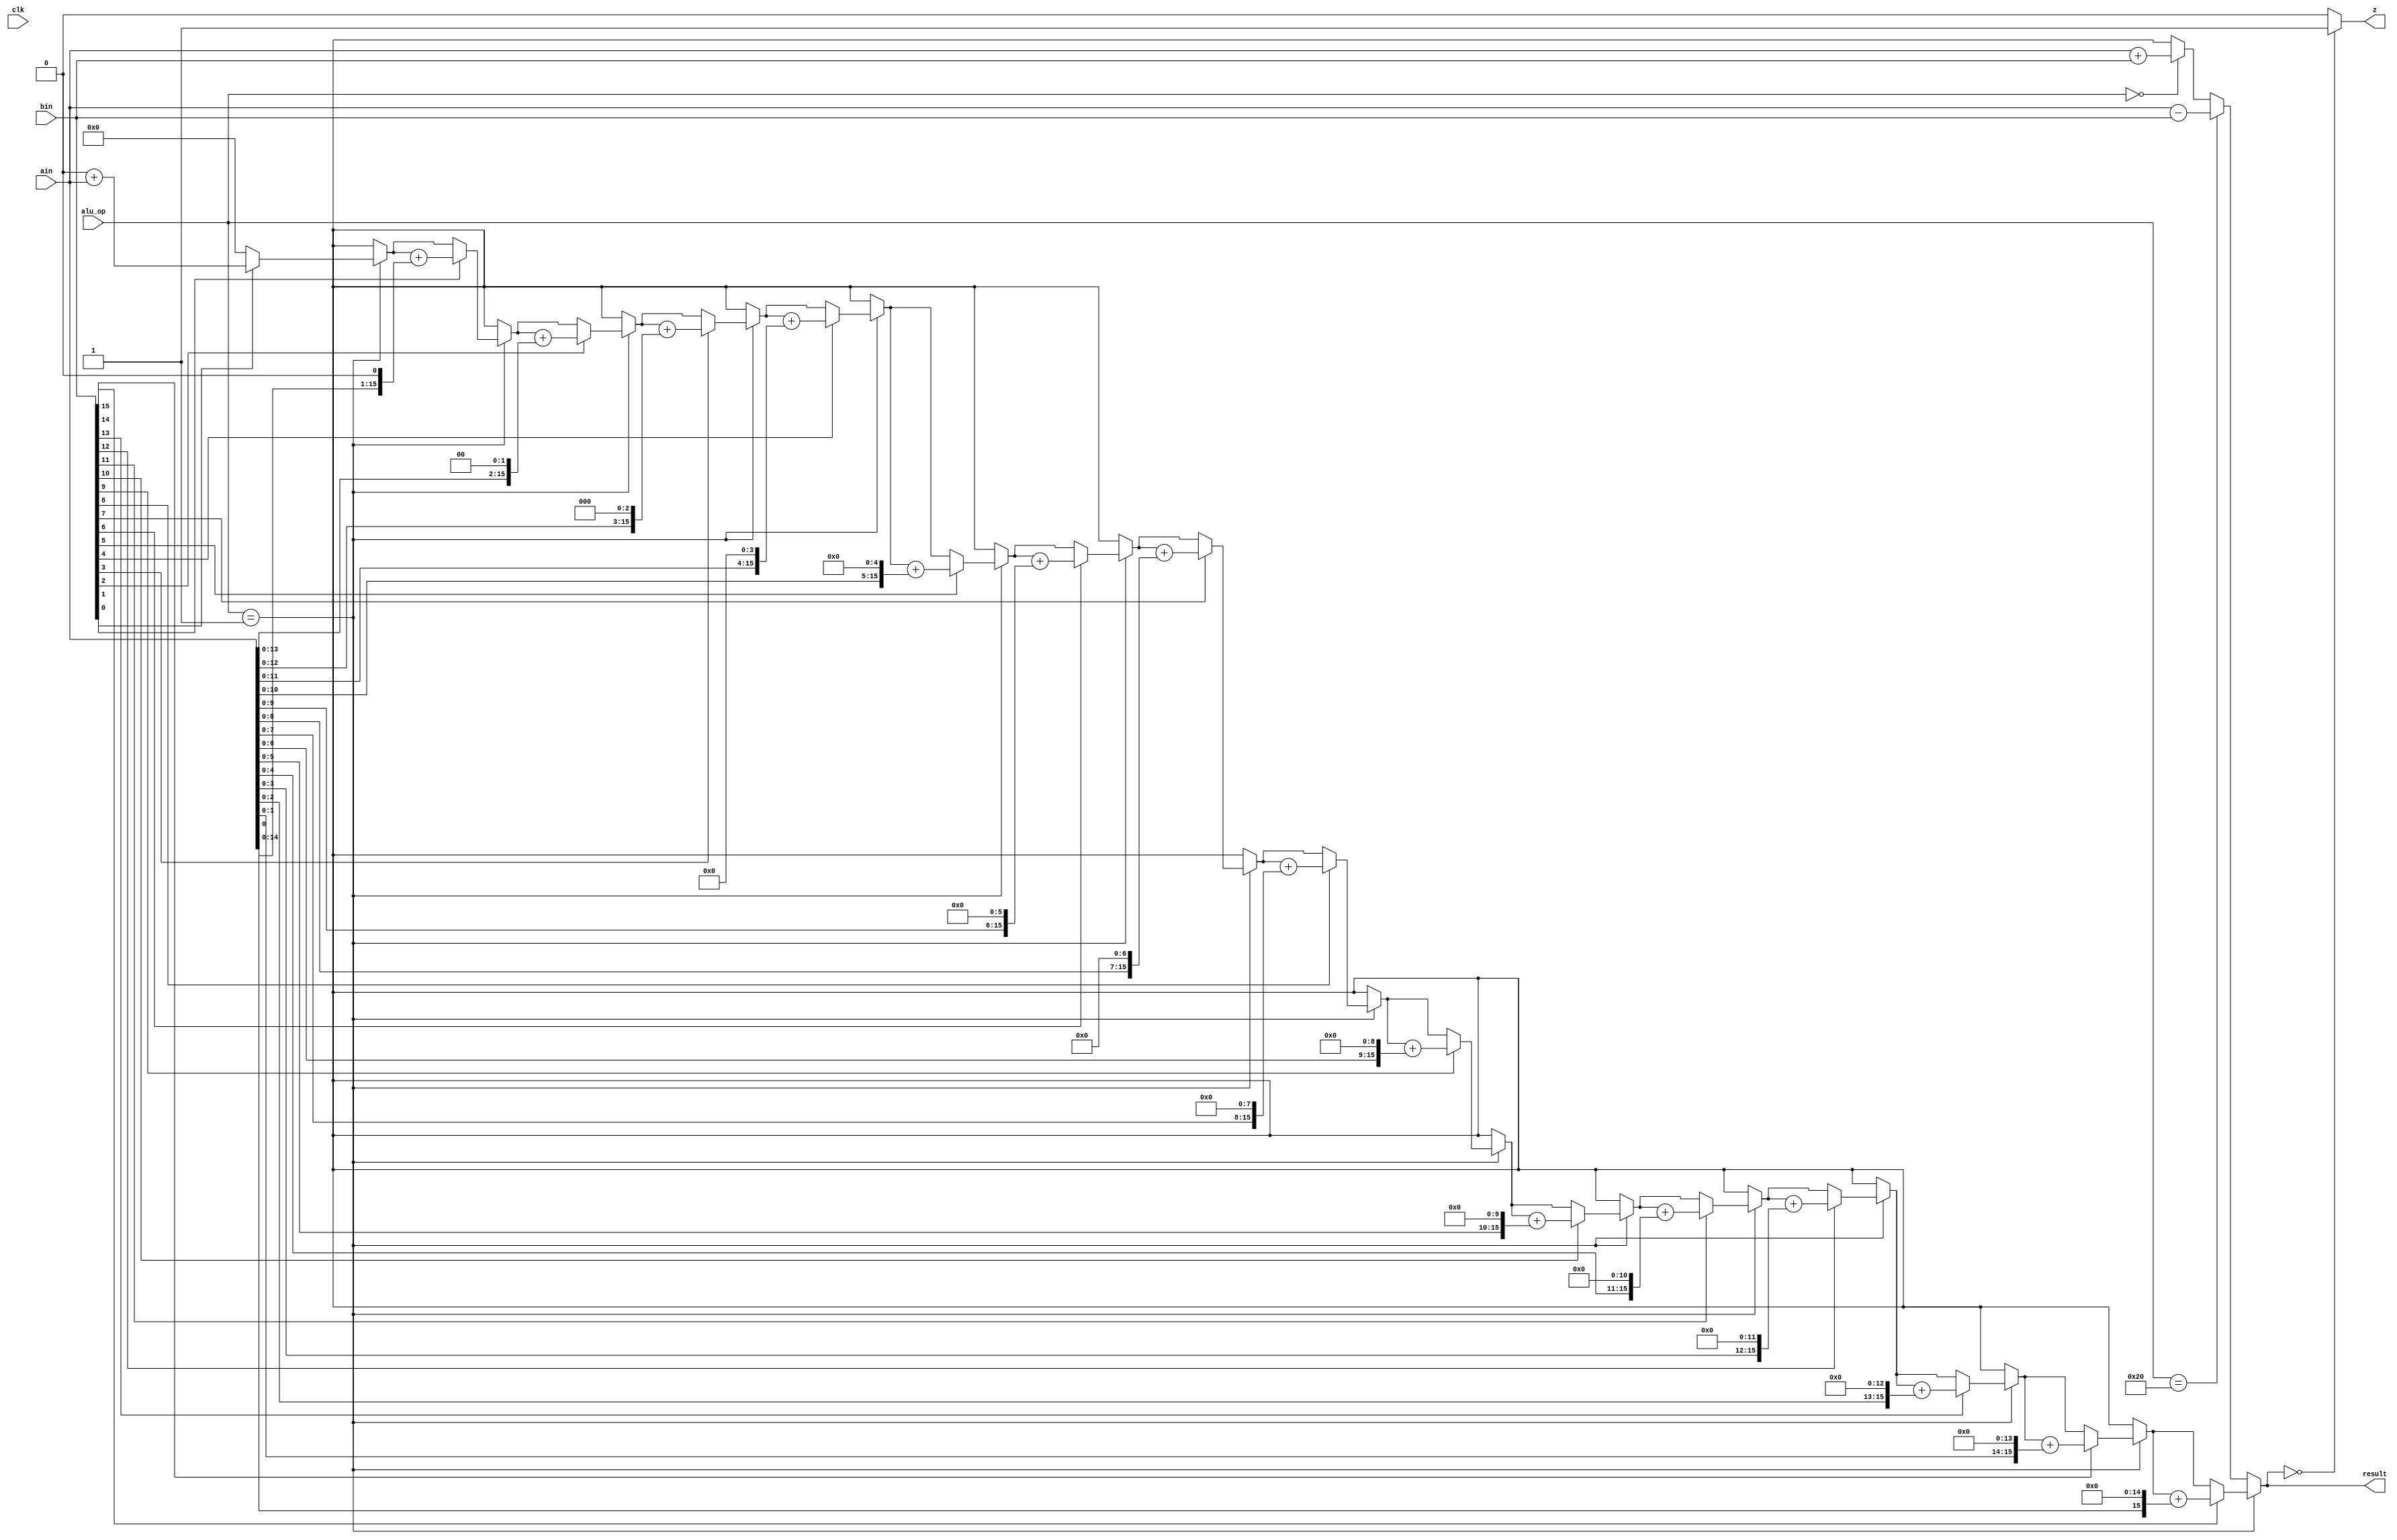
module ALU(clk,ain,bin,alu_op,result,z);
	input clk;
	input [15:0]ain;
	input [15:0]bin;
	output reg [15:0]result;
	reg carry,temp;
	integer i;
	input [6:0]alu_op;
	reg [15:0]mul_1,temp1;
	output reg z;
	always@(*)
	begin
		
	if(alu_op==7'b0000001)
		begin
			temp1 = ain;
			result = 0;
			for(i=0;i<16;i=i+1)
			begin
				if(bin[i] == 1'b1)
				begin
					result = result + temp1;
				end
				temp1 = temp1 << 1;
			end
		end
	else if(alu_op==7'b0100000)
		begin
			{temp,result} = ain - bin;
			carry = temp;
			if(result==0)
				z=1;
			else
				z=0;
		end
	else if(alu_op==7'b0000000)
		begin
			{temp,result} = ain + bin;
			carry = temp;
			if(result==0)
				z=1;
		end
	else begin 
		result = 16'bxxxxxxx;
		carry = 0;
	end//Default
	if(result==0)
		z = 1'b1;
	else
		z = 0;
	end

endmodule